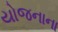
યોજનાના